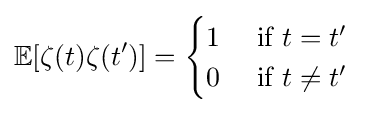
\mathbb {E} [\zeta (t)\zeta (t')]={\begin{cases}1\quad {\text{ if }}t=t'\\0\quad {\text{ if }}t\neq t'\\\end{cases}}